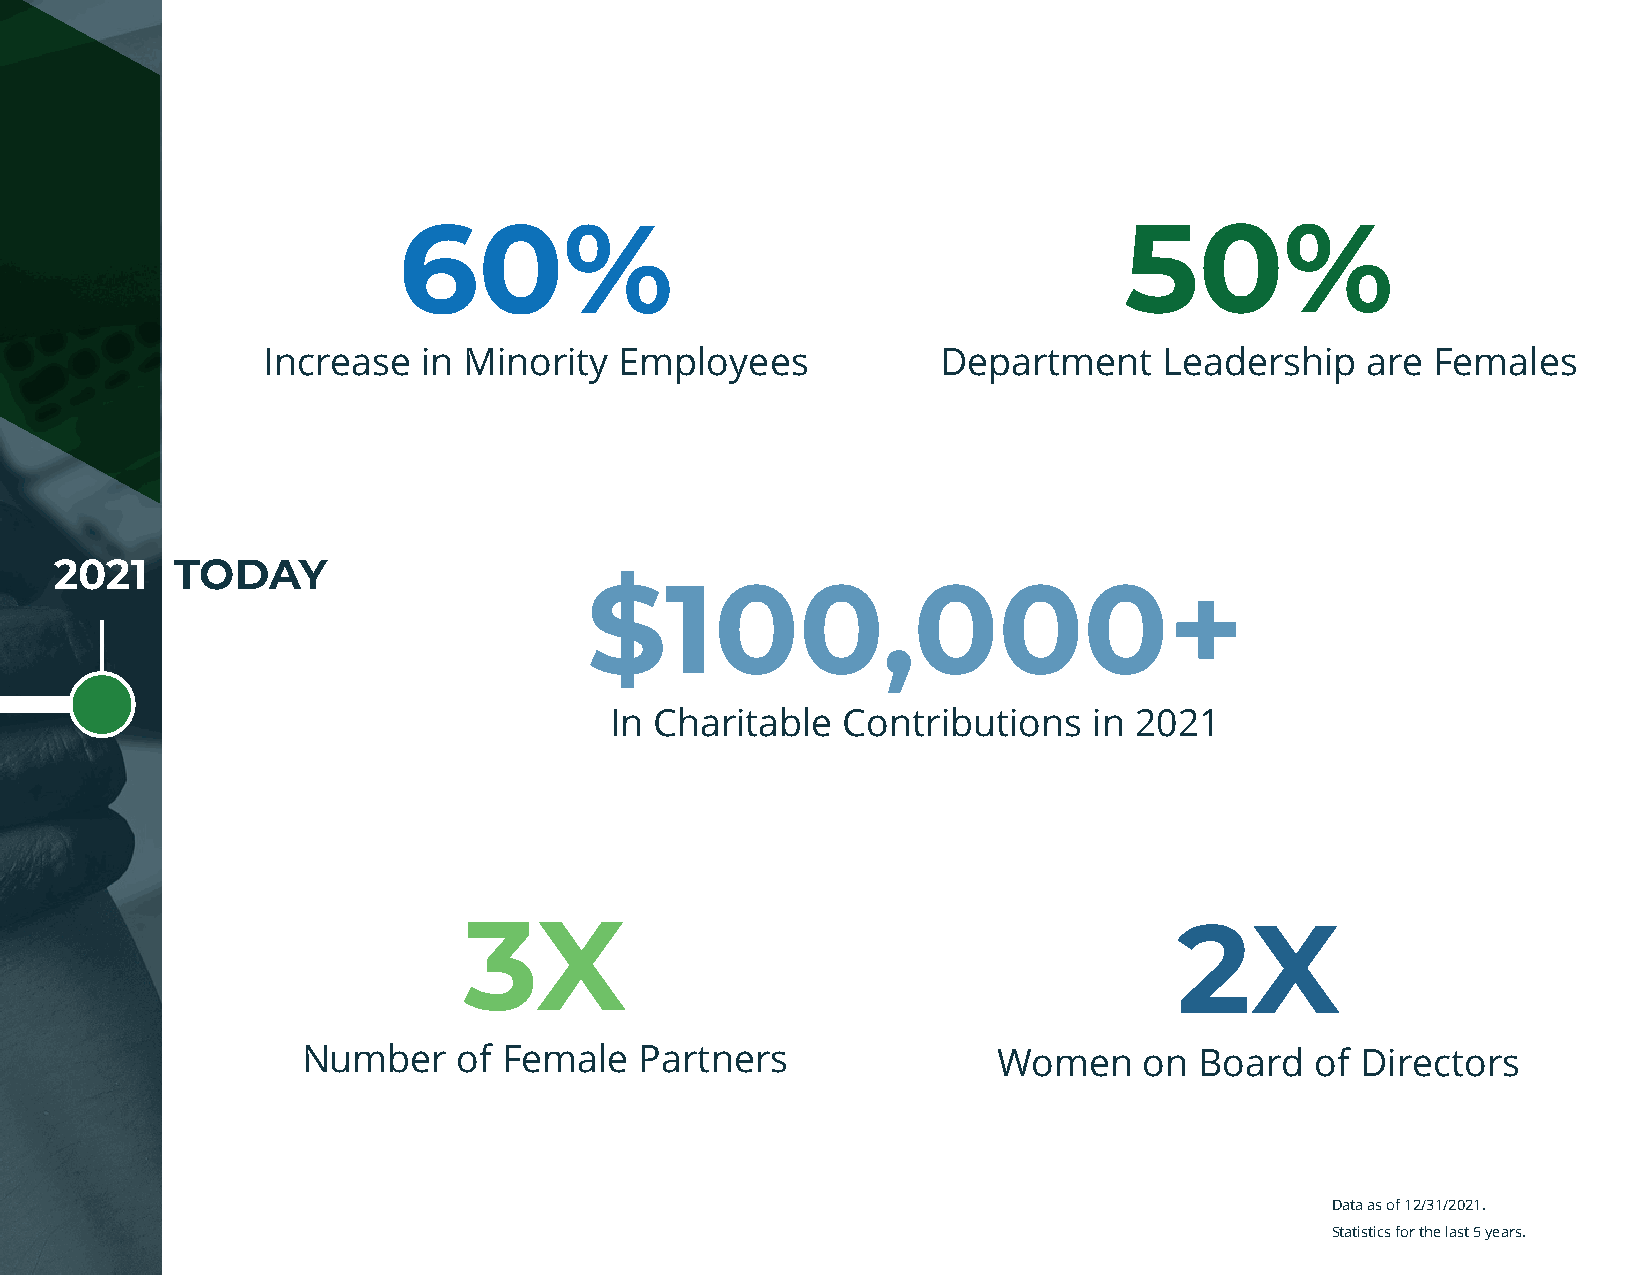
60%                                             50%
 Increase   in Minority  Employees            Department     Leadership   are  Females
 2021    TODAY
 $100,000+
 In Charitable   Contributions   in 2021
 3X                                             2X
 Number    of Female   Partners                Women     on Board   of Directors
 Data as of 12/31/2021.
 Statistics for the last 5 years.